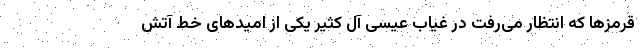
قرمز‌ها که انتظار می‌رفت در غیاب عیسی آل کثیر یکی از امید‌های خط آتش